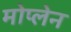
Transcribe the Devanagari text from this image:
मोप्लेन